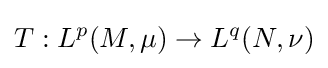
T:L^{p}(M,\mu )\to L^{q}(N,\nu )